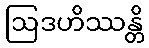
ဩဒဟိဿန္တိ